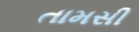
તામસી